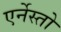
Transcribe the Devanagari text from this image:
एर्नेस्तो